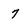
Character: 7